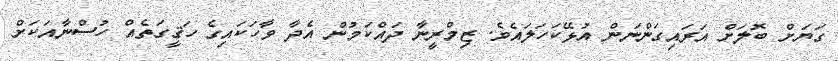
ގަޔަށް ބޮލަށް އަރައިގަންނަން އުޅޭކަހަލައެވެ. ޒިމްރީނާ ދައްކަމުން އެދާ ވާހަކައިގެ ހަޤީގަތެއް ހުސްނާއަކަށް